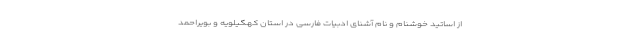
از اساتید خوشنام و نام آشنای ادبیات فارسی در استان کهگیلویه و بویراحمد